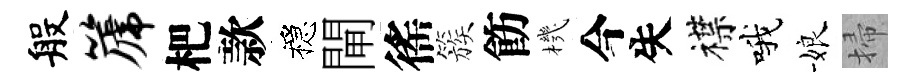
般篪杷款穩閘徭簇飭機今失襟哦娘掃